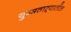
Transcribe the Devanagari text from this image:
युग्मताऱ्यातील